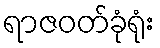
ရာဇဝတ်ခုံရုံး